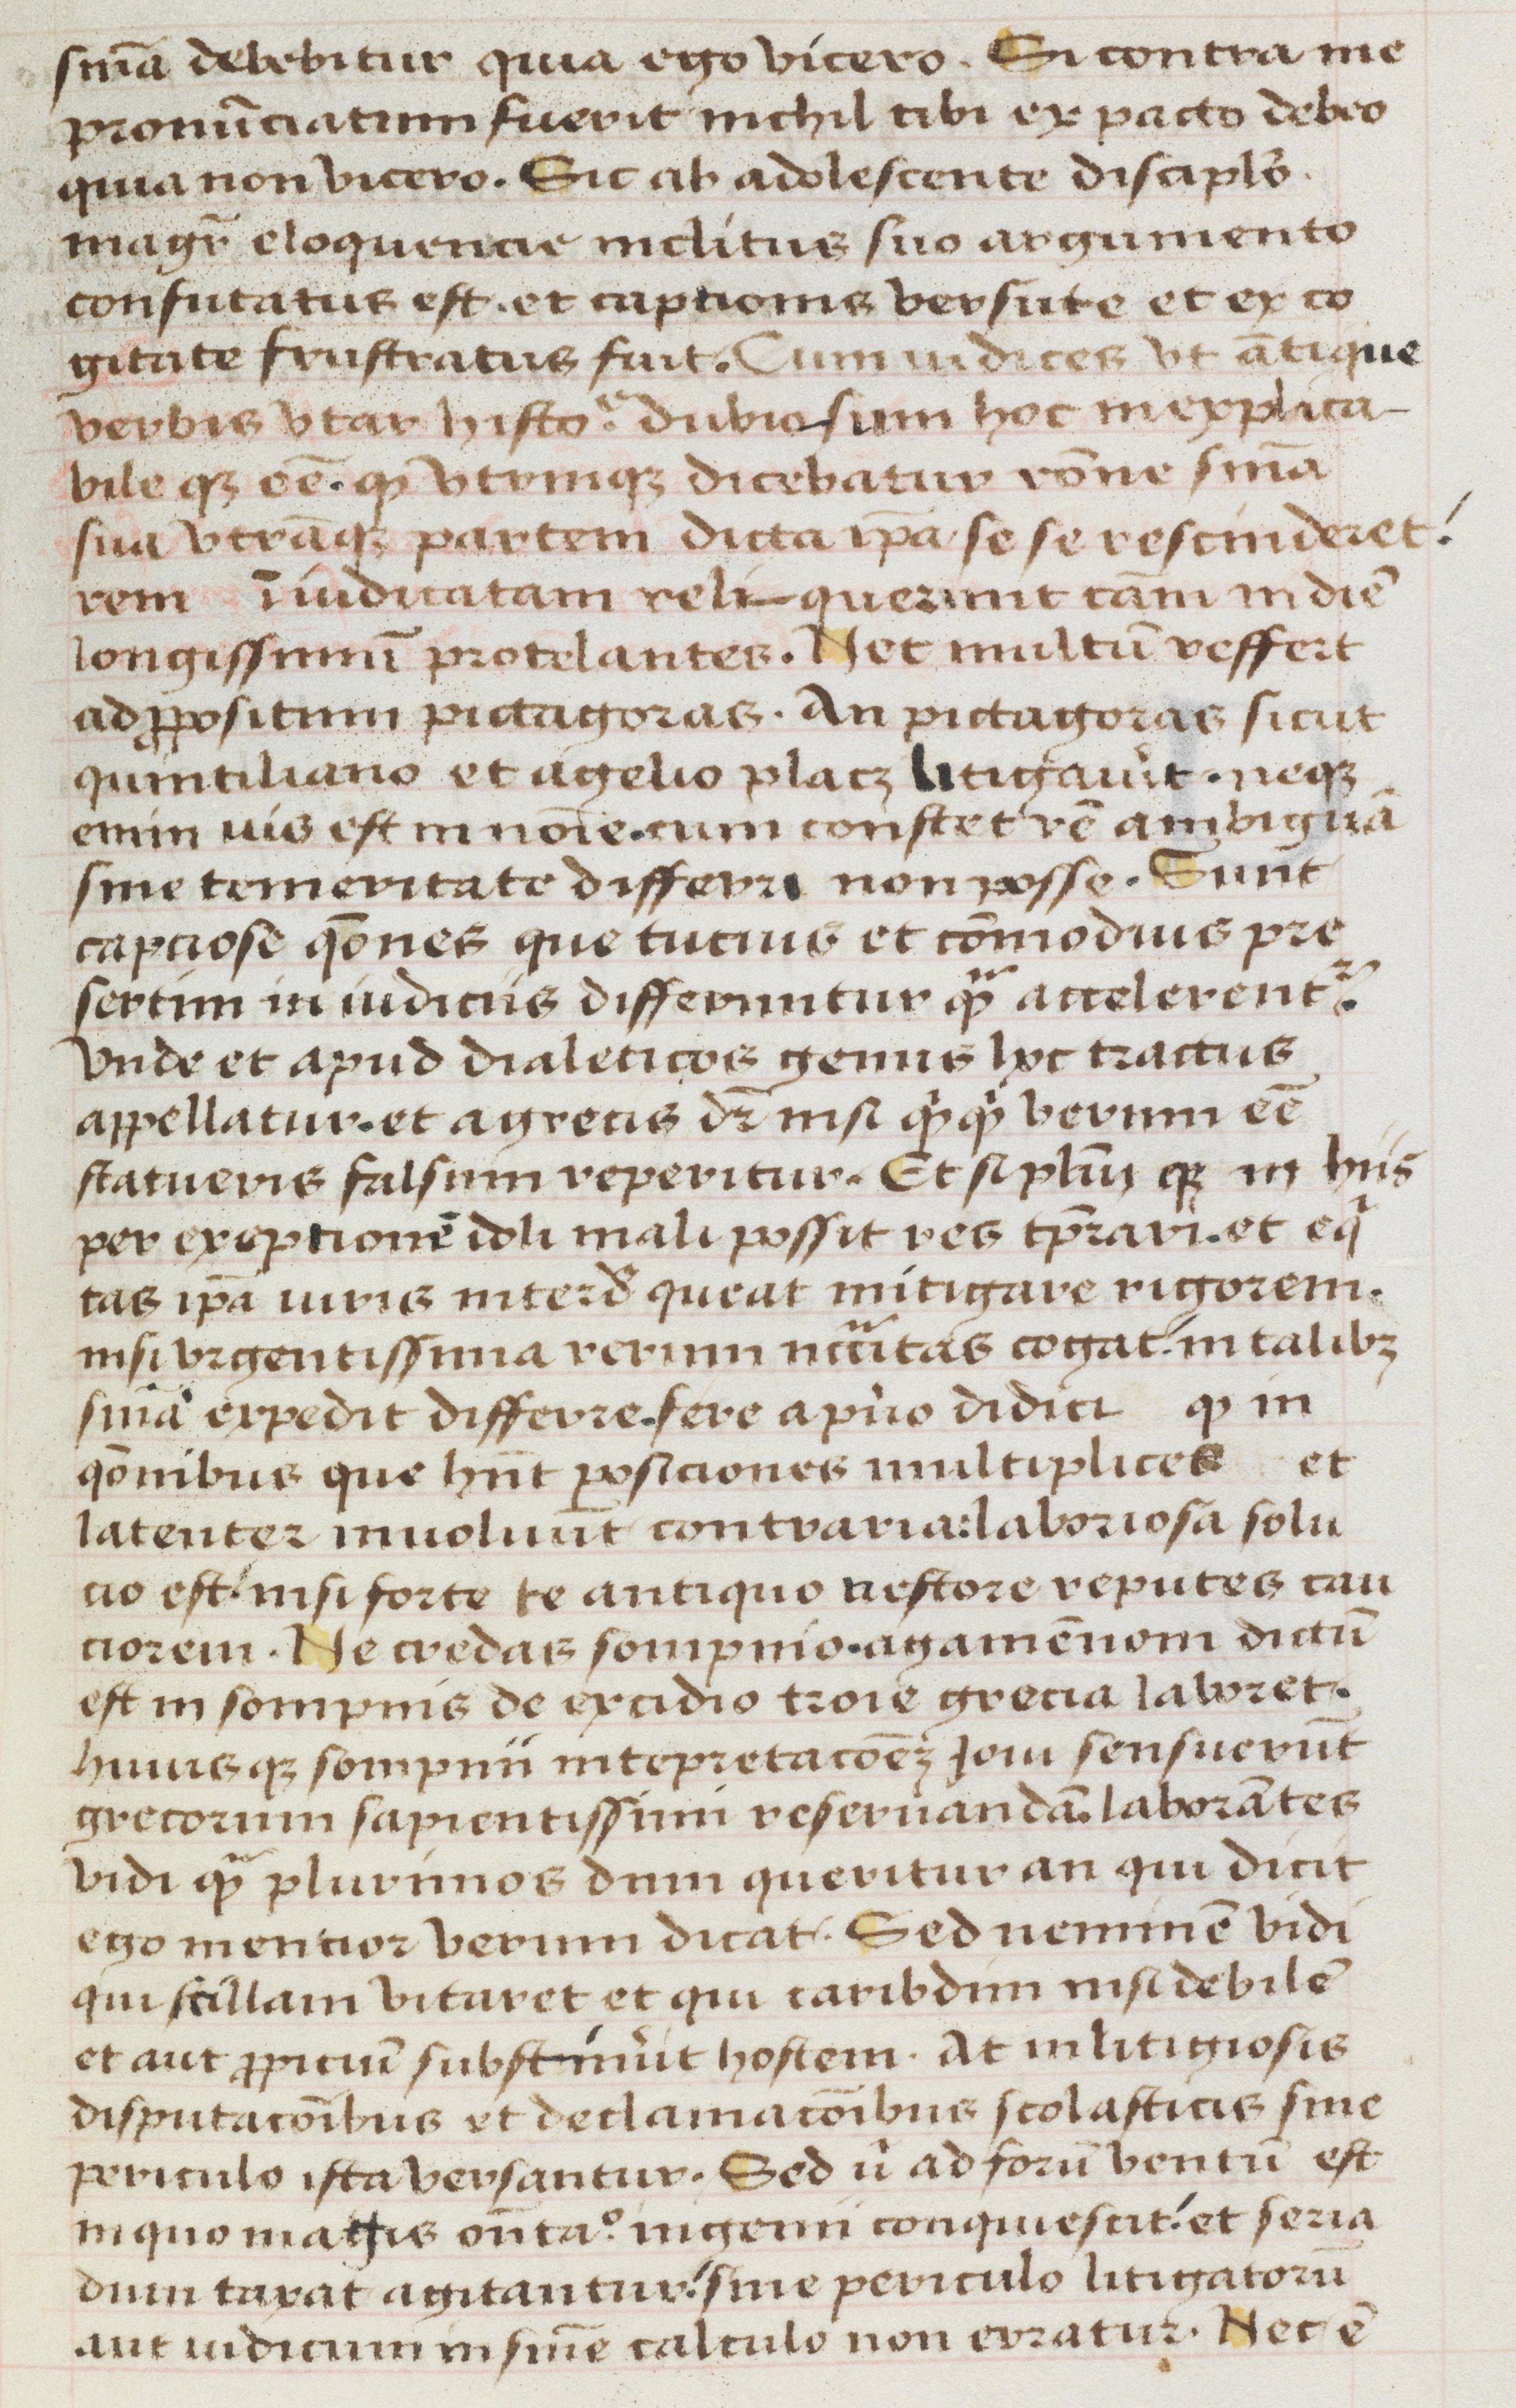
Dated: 1470–1499